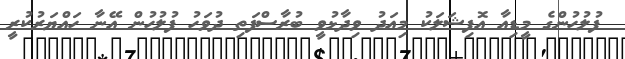
ފުލުހުންގެ މީޑިއާ އޮފިޝަލަކު މިއަދު ވިދާޅުވީ ބުރާސްފަތި ދުވަހު ފުލުހުން އޭނާ ހައްޔަރުކުރީ